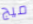
ميج